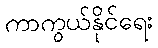
ကာကွယ်နိုင်ရေး